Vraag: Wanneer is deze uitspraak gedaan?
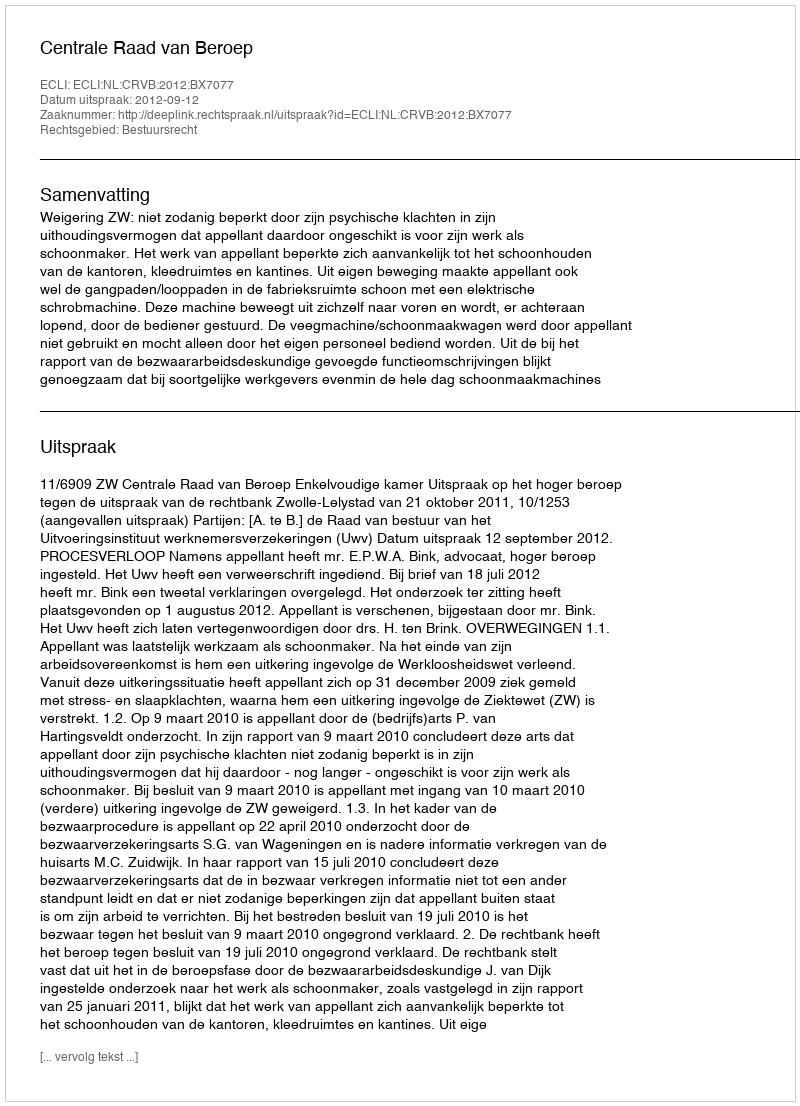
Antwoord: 2012-09-12